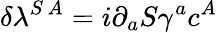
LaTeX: \delta\lambda^{S\, A}=i\partial_{a}S\gamma^{a}c^{A}